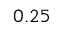
0 . 2 5